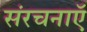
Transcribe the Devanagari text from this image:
संरचनाऍ